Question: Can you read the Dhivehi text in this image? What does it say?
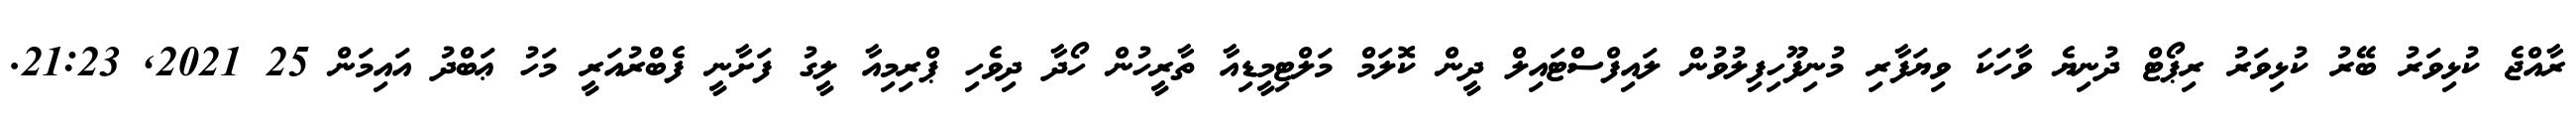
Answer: ރާއްޖެ ކުޅިވަރު ބޭރު ކުޅިވަރު ރިޕޯޓް ދުނިޔެ ވާހަކަ ވިޔަފާރި މުނިފޫހިފިލުވުން ލައިފްސްޓައިލް ދީން ކޮލަމް މަލްޓިމީޑިއާ ތާރީހުން ހޯދާ ދިވެހި ޕްރިމިއާ ލީގު ފަށާނީ ފެބްރުއަރީ މަހު ޢަބްދު އައިމަން 25 2021, 21:23.